Civil Veterinary Dept. Assam report 1927-50 - 1927-1950
Year: 1927
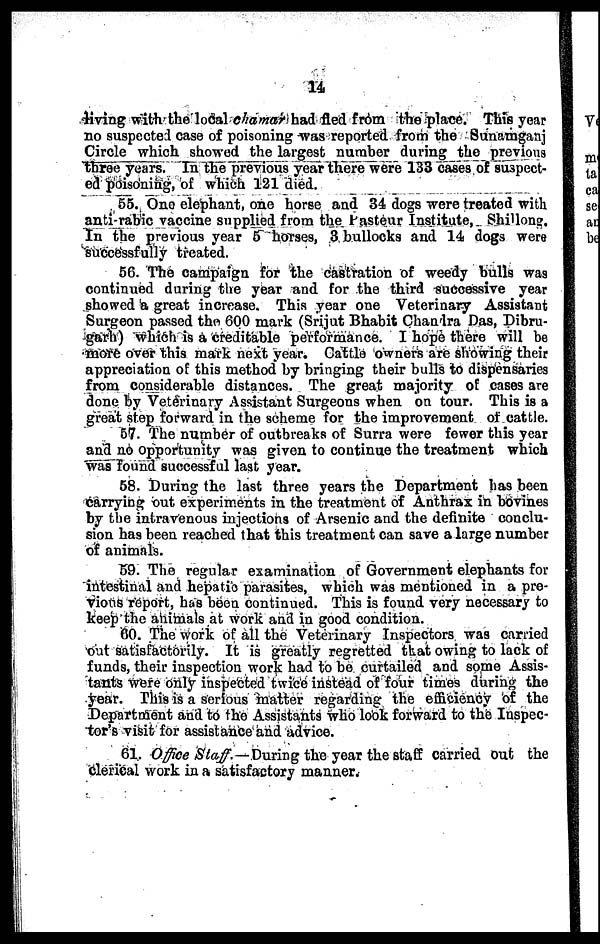
14
living with the local chamar had fled from the place. This year
no suspected case of poisoning was reported from the Sunamganj
Circle which showed the largest number during the previous
three years. In the previous year there were 133 cases of suspect-
ed poisoning, of which 121 died.
55. One elephant, one horse and 34 dogs were treated with
anti-rabic vaccine supplied from the Pasteur Institute, Shillong.
In the previous year 5 horses, 3 bullocks and 14 dogs were
successfully treated.
56. The campaign for the castration of weedy bulls was
continued during the year and for the third successive year
showed a great increase. This year one Veterinary Assistant
Surgeon passed the 600 mark (Srijut Bhabit Chandra Das, Dibru-
garh) which is a creditable performance. I hope there will be
more over this mark next year. Cattle owners are showing their
appreciation of this method by bringing their bulls to dispensaries
from considerable distances. The great majority of cases are
done by Veterinary Assistant Surgeons when on tour. This is a
great step forward in the scheme for the improvement of cattle.
57. The number of outbreaks of Surra were fewer this year
and no opportunity was given to continue the treatment which
was found successful last year.
58. During the last three years the Department has been
carrying out experiments in the treatment of Anthrax in bovines
by the intravenous injections of Arsenic and the definite conclu-
sion has been reached that this treatment can save a large number
of animals.
59. The regular examination of Government elephants for
intestinal and hepatic parasites, which was mentioned in a pre-
vious report, has been continued. This is found very necessary to
keep the animals at work and in good condition.
60. The work of all the Veterinary Inspectors was carried
out satisfactorily. It is greatly regretted that owing to lack of
funds, their inspection work had to be curtailed and some Assis-
tants were only inspected twice instead of four times during the
year. This is a serious matter regarding the efficiency of the
Department and to the Assistants who look forward to the Inspec-
tor's visit for assistance and advice.
61. Office Staff.—During the year the staff carried out the
clerical work in a satisfactory manner.